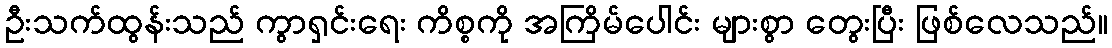
ဦးသက်ထွန်းသည် ကွာရှင်းရေး ကိစ္စကို အကြိမ်ပေါင်း များစွာ တွေးပြီး ဖြစ်လေသည်။